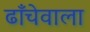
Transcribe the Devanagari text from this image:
ढाँचेवाला